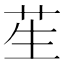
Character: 苼